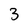
Character: 3